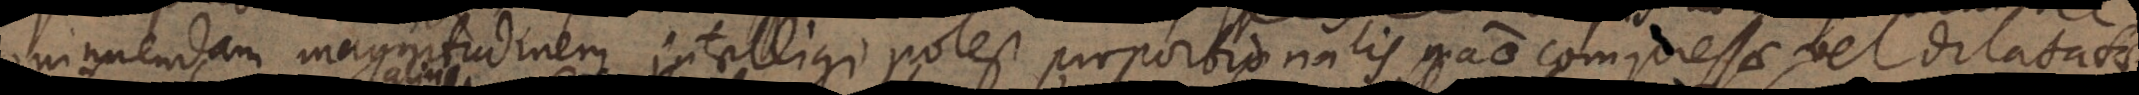
minuendam magnitudinem intelligi potest proportionalis materiae compressae vel dilata